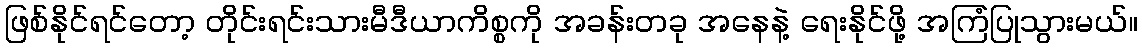
ဖြစ်နိုင်ရင်တော့ တိုင်းရင်းသားမီဒီယာကိစ္စကို အခန်းတခု အနေနဲ့ ရေးနိုင်ဖို့ အကြံပြုသွားမယ်။